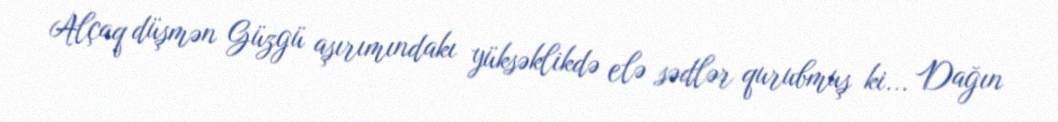
Alçaq düşmən Güzgü aşırımındakı yüksəklikdə elə sədlər qurubmuş ki... Dağın